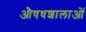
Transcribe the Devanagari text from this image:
औषधशालाओं